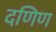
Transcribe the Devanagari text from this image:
दणिण